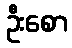
ဦးစော